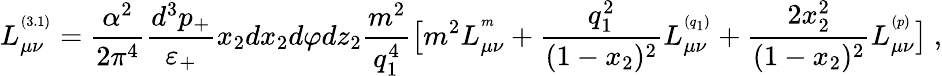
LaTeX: L_{\mu\nu}^{^{(3.1)}}=\frac{\alpha^{2}}{2\pi^{4}}\frac{d^{3}p_{+}}{\varepsilon_{+}}x_{2}dx_{2}d\varphi dz_{2}\frac{m^{2}}{q_{1}^{4}}\bigl[m^{2}L_{\mu\nu}^{^{m}}+\frac{q_{1}^{2}}{(1-x_{2})^{2}}L_{\mu\nu}^{^{(q_{1})}}+\frac{2x_{2}^{2}}{(1-x_{2})^{2}}L_{\mu\nu}^{^{(p)}}\bigr]\ ,